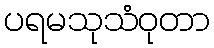
ပရမသုသံဝုတာ